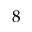
8